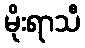
မိုးရာသီ